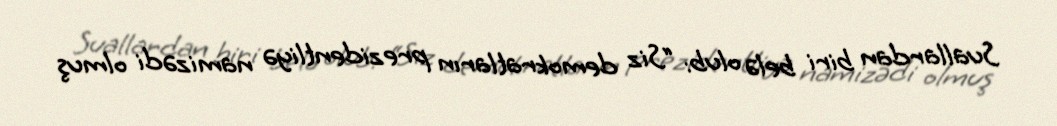
Suallardan biri belə olub: “Siz demokratların prezidentliyə namizədi olmuş